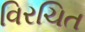
વિરચિત